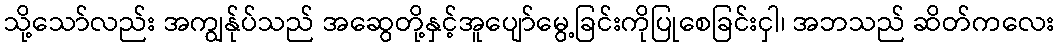
သို့သော်လည်း အကျွန်ုပ်သည် အဆွေတို့နှင့်အူပျော်မွေ့ခြင်းကိုပြုစေခြင်းငှါ၊ အဘသည် ဆိတ်ကလေး